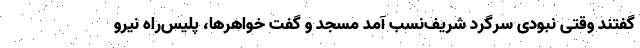
گفتند وقتی نبودی سرگرد شریف‌نسب آمد مسجد و گفت خواهرها، پلیس‌راه نیرو